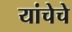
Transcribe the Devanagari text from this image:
यांचेचे